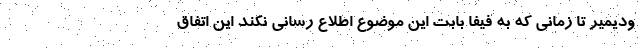
ودیمیر تا زمانی که به فیفا بابت این موضوع اطلاع رسانی نکند این اتفاق